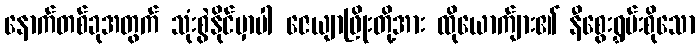
နောက်တစ်ခုအတွက် သုံးစွဲနိုင်မှာပါ ဇေယျာဖြိုးတို့အား ထိုယောက်ျား၏ နီစွေးရွှမ်းစိုသော